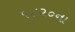
૧૮૨૦ના